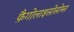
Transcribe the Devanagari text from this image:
फ़ैगोलाइसोसोम्स